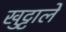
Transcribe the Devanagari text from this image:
खुट्टाले